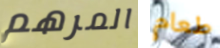
المرهم طعام